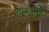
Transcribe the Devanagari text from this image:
थेम्समीड